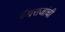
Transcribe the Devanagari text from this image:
वैद्यराजांची